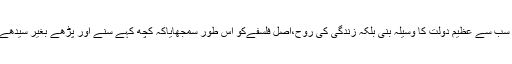
وہ ہستی جو نہ صرف زندگی جیسی سب سے عظیم دولت کا وسیلہ بنی بلکہ زندگی کی روح،اصل فلسفےکو اِس طور سمجھایاکہ کُچھ کہے سُنے اور پڑھے بغیر سیدھے راستے کی نشاندہی ہوتی چلی گئی۔